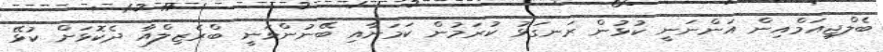
ބެލްޖިއަމްއިން އަންނަނީ ކުޅުން ރަނގަޅު ކުރަމުން ކަމަށާއި ބޭނުންވަނީ ބްރެޒިލްއާ ދެކޮޅަށް ކުޅޭ